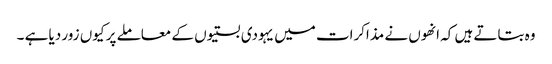
وہ بتاتے ہیں کہ انھوں نے مذاکرات میں یہودی بستیوں کے معاملے پر کیوں زور دیا ہے ۔